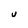
Character: U